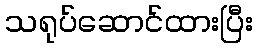
သရုပ်ဆောင်ထားပြီး